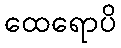
ထေရောပိ